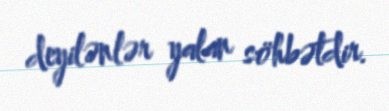
deyilənlər yalan söhbətdir.